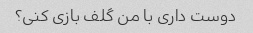
دوست داری با من گلف بازی کنی؟